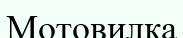
Мотовилка